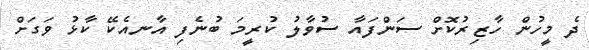
ދެ މީހުން ހާޒިރުކޮށް ސަންފައާ ސުވާލު ކުރީމަ ބުނެފި އާނއެކޭ ކާޅު ވަގަށް